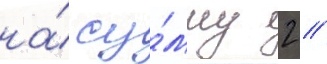
на́ су́мму 2 /